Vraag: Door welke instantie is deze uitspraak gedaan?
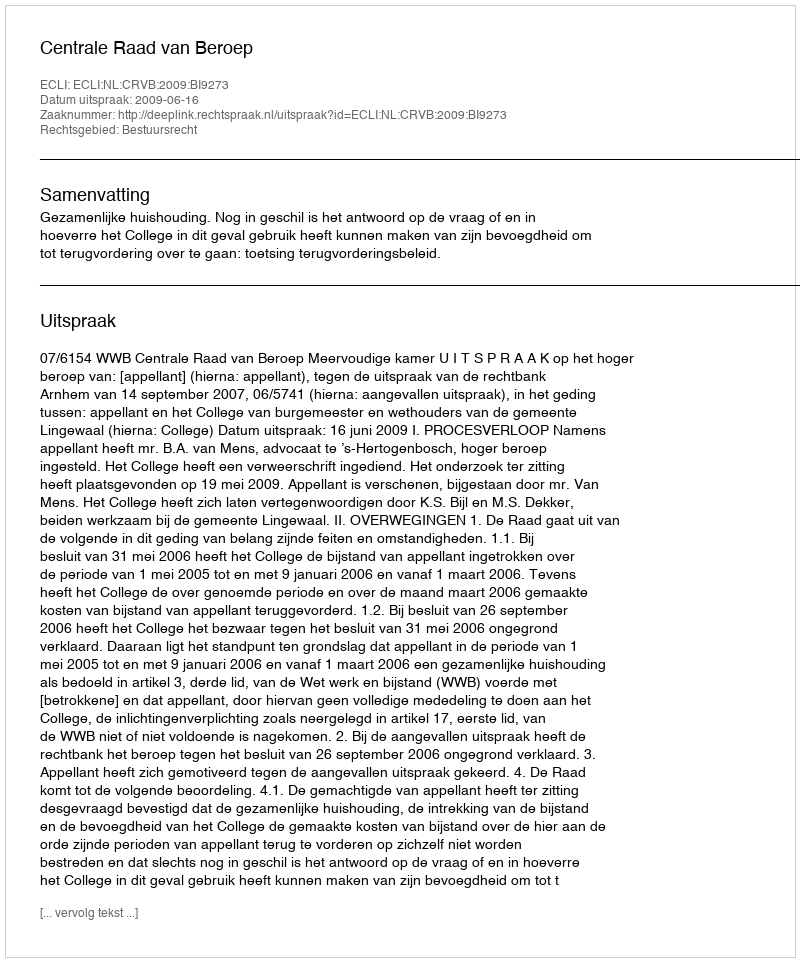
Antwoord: Centrale Raad van Beroep